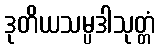
ဒုတိယသမ္ပဒါသုတ္တံ